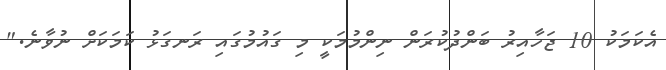
އެކަމަކު 10 ޖަހާއިރު ބަންދުކުރަން ނިންމުމަކީ މި ގައުމުގައި ރަނގަޅު ކަމަކަށް ނުވާނެ."